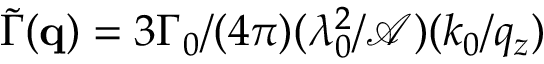
\widetilde \Gamma ( \mathbf { q } ) = 3 \Gamma _ { 0 } / ( 4 \pi ) ( \lambda _ { 0 } ^ { 2 } / \mathcal { A } ) ( k _ { 0 } / q _ { z } )